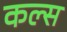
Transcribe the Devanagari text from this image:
कल्स